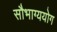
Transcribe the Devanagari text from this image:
सौभाग्ययोग